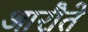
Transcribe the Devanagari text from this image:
आरौते